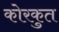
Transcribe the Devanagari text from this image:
कोरकुत